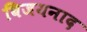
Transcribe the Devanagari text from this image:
विजयनाद